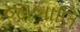
જાબાલિ